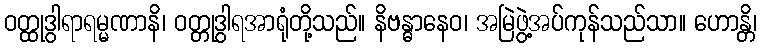
ဝတ္ထုဒွါရာရမ္မဏာနိ၊ ဝတ္တုဒွါရအာရုံတို့သည်။ နိဗန္ဓာနေဝ၊ အမြဲဖွဲ့အပ်ကုန်သည်သာ။ ဟောန္တိ၊